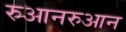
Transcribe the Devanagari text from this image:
रुआनरुआन